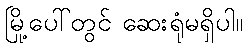
မြို့ပေါ်တွင် ဆေးရုံမရှိပါ။